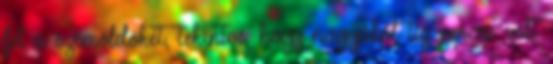
fel a szemöldökét, tekintve, hogy nagyjából tíz percre volt